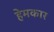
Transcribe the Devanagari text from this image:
हेमकार